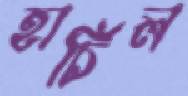
হার্চিল